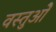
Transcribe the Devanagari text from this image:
वस्तुओें